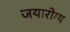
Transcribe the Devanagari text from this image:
जयारोग्य